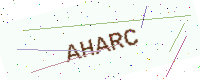
Text: AHARC